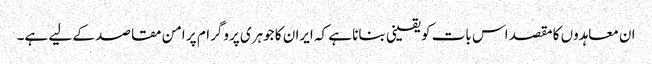
ان معاہدوں کا مقصد اس بات کو یقینی بنانا ہے کہ ایران کا جوہری پروگرام پر امن مقاصد کے لیے ہے۔